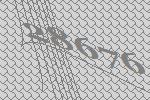
28676